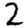
Digit: 2